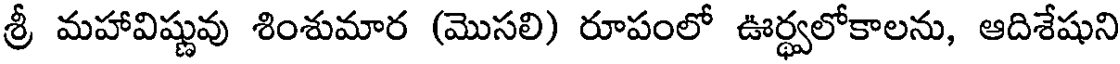
శ్రీ మహావిష్ణువు శింశుమార (మొసలి) రూపంలో ఊర్థ్వలోకాలను, ఆదిశేషుని